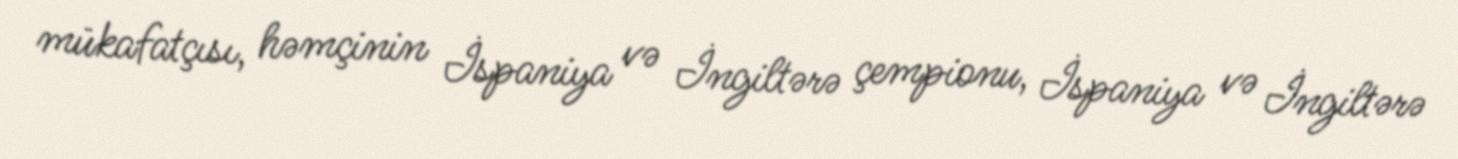
mükafatçısı, həmçinin İspaniya və İngiltərə çempionu, İspaniya və İngiltərə